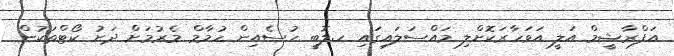
އަފްރާޝީމް އަލީ އަވަހާރަކޮށްލި މައްސަލައިގައި ހ.ލޮބީ ހުސެއިން ހުމާމް މެރުމަށް ދަށު ކޯޓްތަކުން